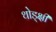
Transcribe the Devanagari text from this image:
थोड्क्षी